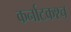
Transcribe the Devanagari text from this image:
कर्नाटकश्च